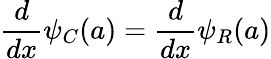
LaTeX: {\frac{d}{dx}}\psi_{C}(a)={\frac{d}{dx}}\psi_{R}(a)